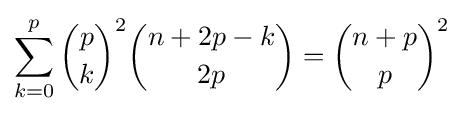
\sum _{k=0}^{p}{p \choose k}^{2}{{n+2p-k} \choose {2p}}={{n+p} \choose p}^{2}